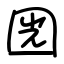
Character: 㘢